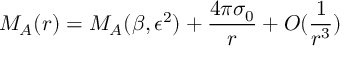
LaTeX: M _ { A } ( r ) = M _ { A } ( \beta , \epsilon ^ { 2 } ) + \frac { 4 \pi \sigma _ { 0 } } { r } + O ( \frac { 1 } { r ^ { 3 } } )